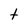
Character: t